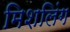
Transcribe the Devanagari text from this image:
मिशलिंग